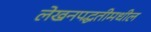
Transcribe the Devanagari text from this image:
लेखनपद्धतीमधील